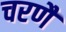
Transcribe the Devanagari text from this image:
चरणै